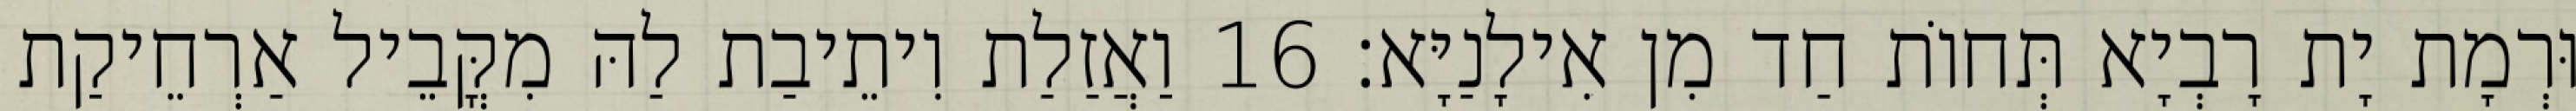
וּרְמָת יָת רָבְיָא תְּחוֹת חַד מִן אִילָנַיָּא׃ 16 וַאֲזַלַת וִיתֵיבַת לַהּ מִקֳּבֵיל אַרְחֵיקַת